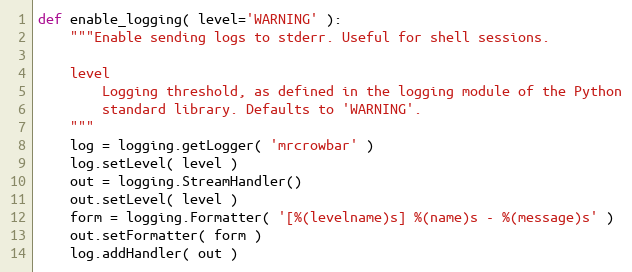
Language: Python
def enable_logging( level='WARNING' ):
    """Enable sending logs to stderr. Useful for shell sessions.

    level
        Logging threshold, as defined in the logging module of the Python
        standard library. Defaults to 'WARNING'.
    """
    log = logging.getLogger( 'mrcrowbar' )
    log.setLevel( level )
    out = logging.StreamHandler()
    out.setLevel( level )
    form = logging.Formatter( '[%(levelname)s] %(name)s - %(message)s' )
    out.setFormatter( form )
    log.addHandler( out )